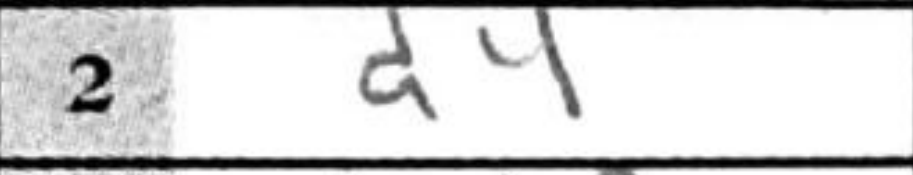
Transcription: d4